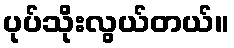
ပုပ်သိုးလွယ်တယ်။